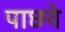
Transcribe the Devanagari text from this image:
पाछवे